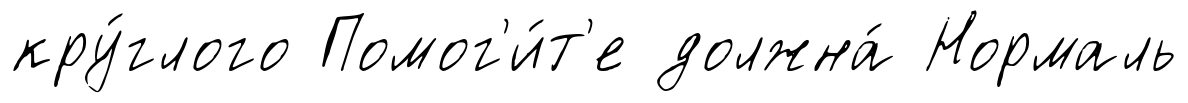
кру́глого Помог'и́т'е должна́ Нормаль